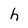
Character: h